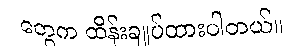
တွေက ထိန်းချုပ်ထားပါတယ်။